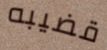
قضيبه